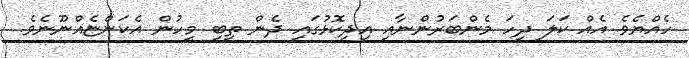
ހެއްޔެވެ އެއް ކަލަ ދިހަ މެންބަރުންނާއި އިދިކޮޅުގައި ދެން ތިބި މީހުން އެކަންޏެއްނޫނެވެ.